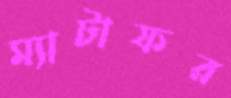
ম্যাটাফর